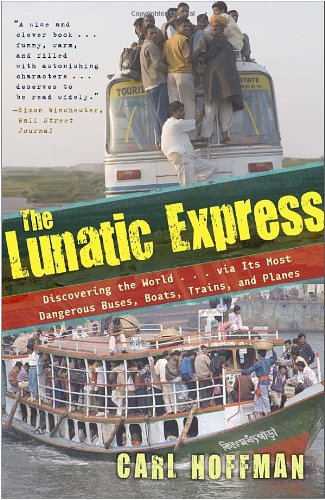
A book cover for The Lunatic Express: Discovering the World . . . via Its Most Dangerous Buses, Boats, Trains, and Planes; Carl Hoffman; Engineering & Transportation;